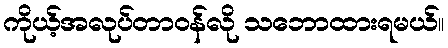
ကိုယ့်အလုပ်တာဝန်လို သဘောထားရမယ်။